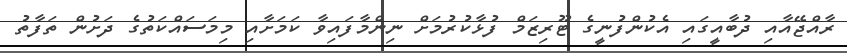
ރާއްޖޭއާއި ދުބާއީގައި އެކުންފުނީގެ ޓޫރިޒަމް ފުޅާކުރުމަށް ނިންމާފައިވާ ކަމަށާއި މިމަސައްކަތުގެ ދަށުން ތަފާތު